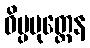
ဝိပ္ပမုတ္တေန